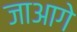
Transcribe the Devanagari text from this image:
जाआगे